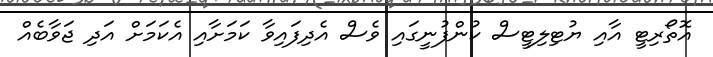
އޮތޯރިޓީ އާއި ޔުޓިލިޓީސް ކުންފުނީގައި ވެސް އެދިފައިވާ ކަމަށާއި އެކަމަށް އަދި ޖަވާބެއް